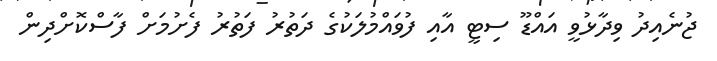
ޖުނެއިދު ވިދާޅުވީ އައްޑޫ ސިޓީ އާއި ފުވައްމުލަކުގެ ދަތުރު ފަތުރު ފެށުމަށް ފާސްކޮށްދިން